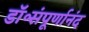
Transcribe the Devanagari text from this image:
डॉ॰संपूर्णानंद